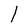
Character: l